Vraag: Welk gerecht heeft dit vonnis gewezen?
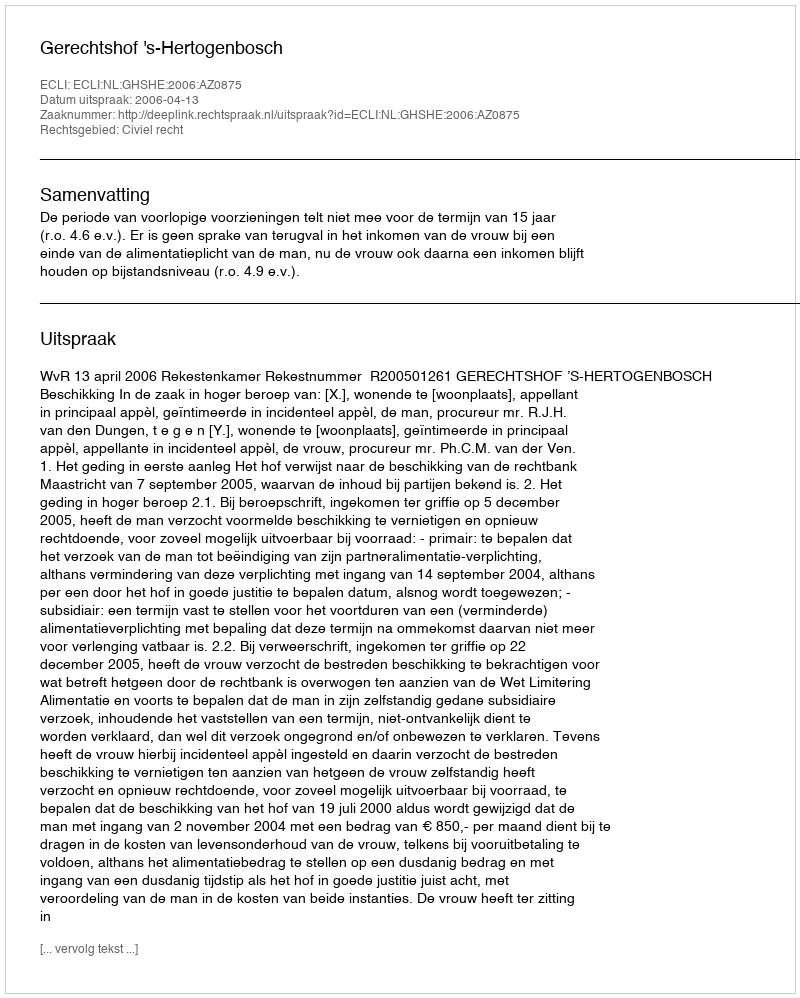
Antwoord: Gerechtshof 's-Hertogenbosch